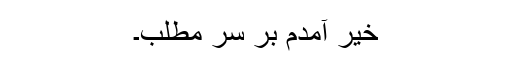
خیر آمدم بر سرِ مطلب۔